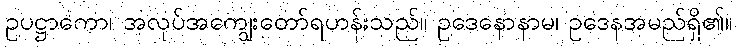
ဥပဋ္ဌာကော၊ အလုပ်အကျွေးတော်ရဟန်းသည်။ ဥဒေနောနာမ၊ ဥဒေနအမည်ရှိ၏။